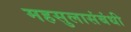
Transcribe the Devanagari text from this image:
महसुलासंबंधी